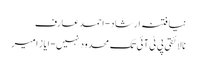
نیا فتنہ ارشاد- احمد عارف
نالائقی پی ٹی آئی تک محدود نہیں- ایاز امیر